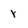
Character: r